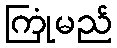
ကြုံမည်